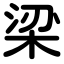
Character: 梁